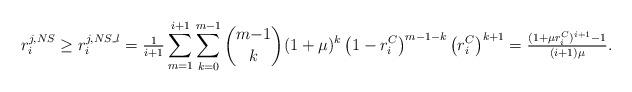
LaTeX: \begin{align*}r_i^{j,NS}\geq r_i^{j,NS\_l}= \tfrac{1}{i+1}\sum_{m=1}^{i+1}\sum_{k=0}^{m-1}\binom{m{-}1}{k}(1+\mu)^k \left(1-r_i^C\right)^{m-1-k}\left(r_i^C\right)^{k+1}=\tfrac{(1+\mu r_i^C)^{i+1}-1}{(i+1)\mu}.\end{align*}